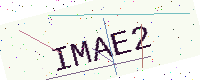
Text: IMAE2